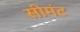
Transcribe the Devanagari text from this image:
सीमंट